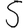
Digit: 5